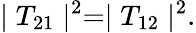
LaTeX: \mid T_{21}\mid^{2}=\mid T_{12}\mid^{2}.